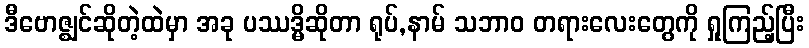
ဒီဗောဇ္ဈင်ဆိုတဲ့ထဲမှာ အခု ပဿဒ္မိဆိုတာ ရုပ်,နာမ် သဘာဝ တရားလေးတွေကို ရှုကြည့်ပြီး